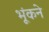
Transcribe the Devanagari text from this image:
भूंकने